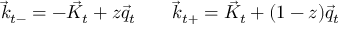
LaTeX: \vec { k } _ { t - } = - \vec { K } _ { t } + z \vec { q } _ { t } \; \; \; \; \; \; \; \vec { k } _ { t + } = \vec { K } _ { t } + ( 1 - z ) \vec { q } _ { t }